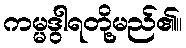
ကမ္မဒွါရတို့မည်၏။